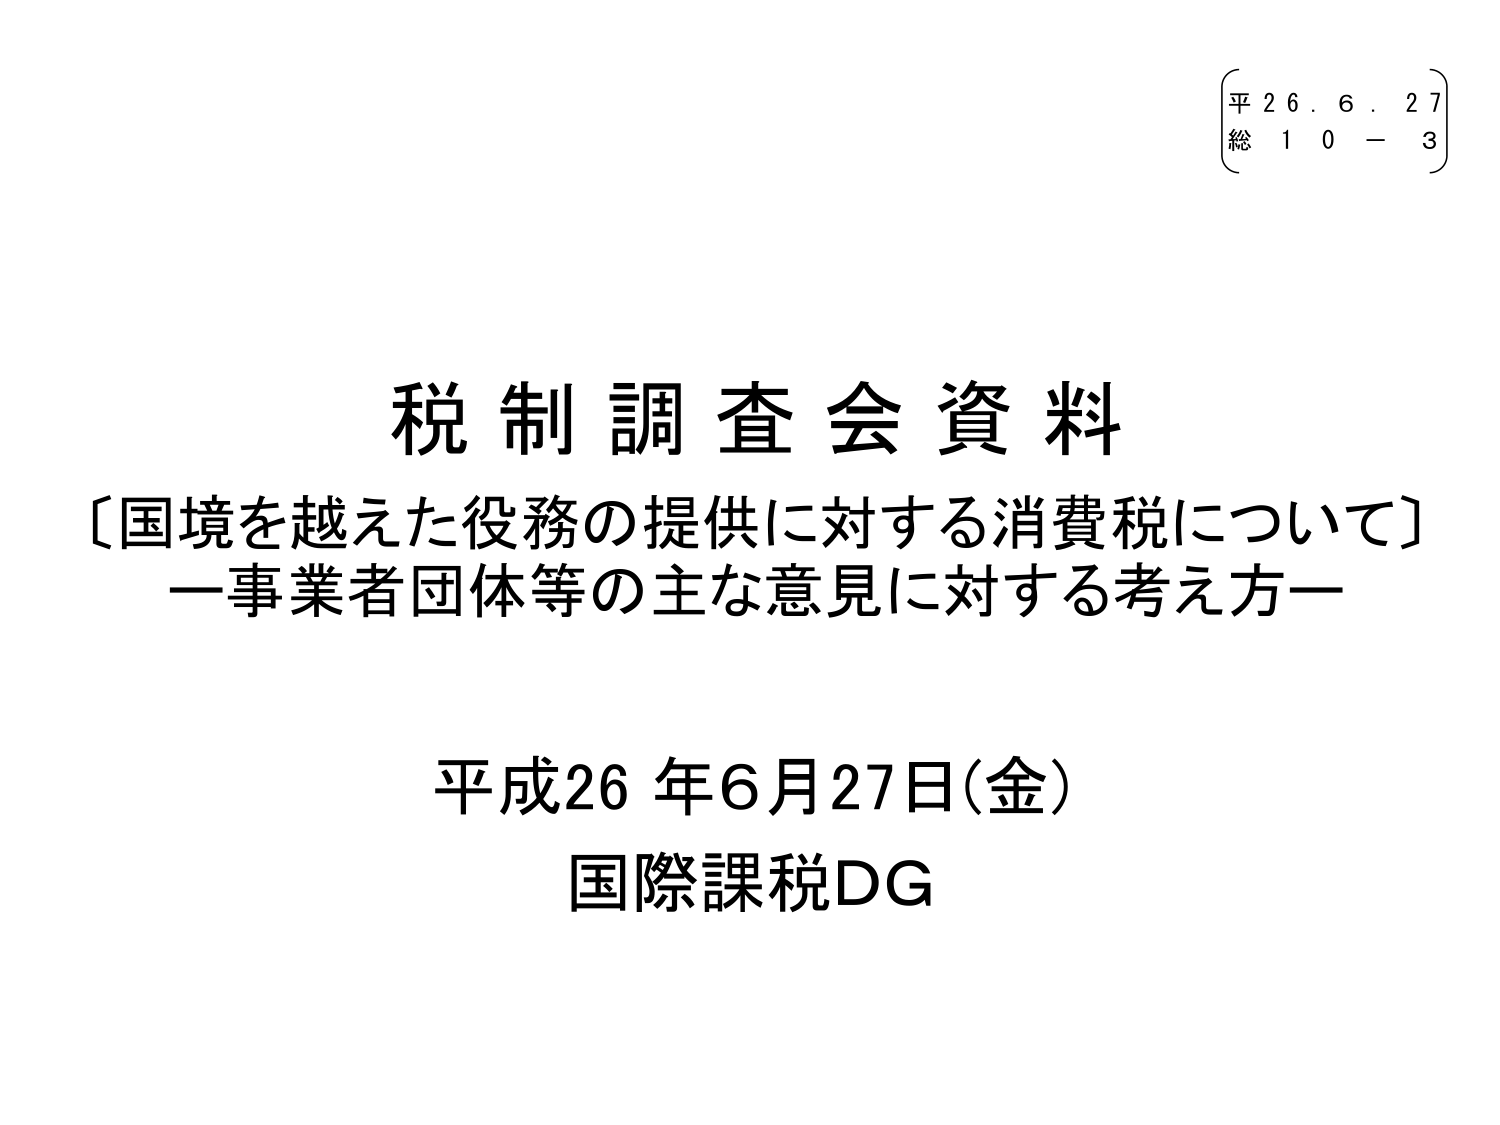
平 26.6.27
総 10-3

税制調査会資料
〔国境を越えた役務の提供に対する消費税について〕
一事業者団体等の主な意見に対する考え方一

平成26年6月27日(金)
国際課税DG